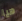
هيا